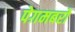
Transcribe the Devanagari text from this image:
पेग़मबरों